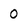
Character: O